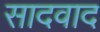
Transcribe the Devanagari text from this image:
सादवाद